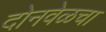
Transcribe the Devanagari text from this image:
दोनवेळचा